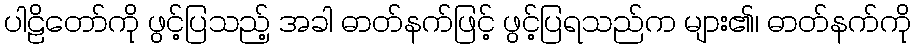
ပါဠိတော်ကို ဖွင့်ပြသည့် အခါ ဓာတ်နက်ဖြင့် ဖွင့်ပြရသည်က များ၏၊ ဓာတ်နက်ကို